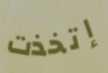
إتخذت